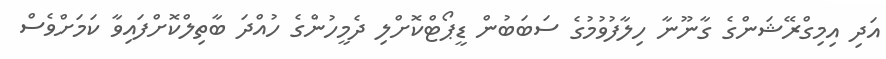
އަދި އިމިގްރޭޝަންގެ ގާނޫނާ ހިލާފުވުމުގެ ސަބަބުން ޑީޕޯޓްކޮށްލި ދެމީހުންގެ ހުއްދަ ބާތިލްކޮށްފައިވާ ކަމަށްވެސް